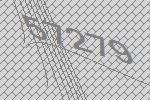
57279